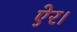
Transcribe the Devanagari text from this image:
ऐर।